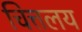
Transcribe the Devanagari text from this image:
चित्तलय